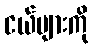
ငယ်များကို